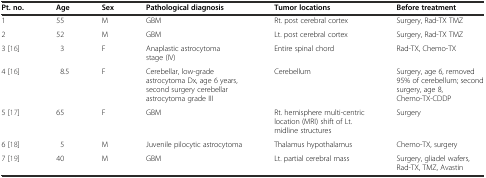
| Pt. no. | Age | Sex | Pathological diagnosis | Tumor locations | Before treatment |
 | --- | --- | --- | --- | --- | --- |
 | 1 | 55 | M | GBM | Rt. post cerebral cortex | Surgery, Rad-TX TMZ |
 | 2 | 52 | M | GBM | Lt. post cerebral cortex | Surgery, Rad-TX TMZ |
 | 3 [16] | 3 | F | Anaplastic astrocytoma stage (IV) | Entire spinal chord | Rad-TX, Chemo-TX |
 | 4 [16] | 8.5 | F | Cerebellar, low-grade astrocytoma Dx, age 6 years, second surgery cerebellar astrocytoma grade III | Cerebellum | Surgery, age 6, removed 95% of cerebellum; second surgery, age 8, Chemo-TX-CDDP |
 | 5 [17] | 65 | F | GBM | Rt. hemisphere multi-centric location (MRI) shift of Lt. midline structures | Surgery |
 | 6 [18] | 5 | M | Juvenile pilocytic astrocytoma | Thalamus hypothalamus | Chemo-TX, surgery |
 | 7 [19] | 40 | M | GBM | Lt. partial cerebral mass | Surgery, gliadel wafers, Rad-TX, TMZ, Avastin |